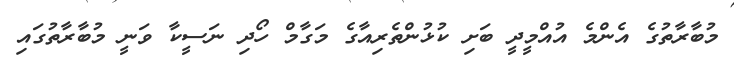
މުބާރާތުގެ އެންމެ އުއްމީދީ ބަށި ކުޅުންތެރިއާގެ މަގާމް ހޯދި ނަސީކާ ވަނީ މުބާރާތުގައި